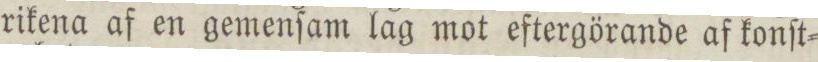
rikena af en gemenſam lag mot eftergörande af konſt=